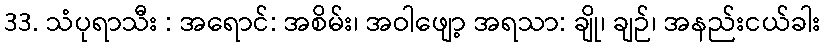
33. သံပုရာသီး : အရောင်: အစိမ်း၊ အဝါဖျော့ အရသာ: ချို၊ ချဉ်၊ အနည်းငယ်ခါး